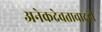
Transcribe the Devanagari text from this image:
अनेकदेवतावादही